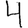
Digit: 4